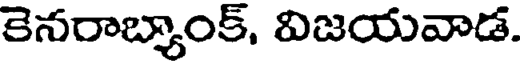
కెనరాబ్యాంక్, విజయవాడ.